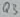
Text: Q3